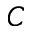
C